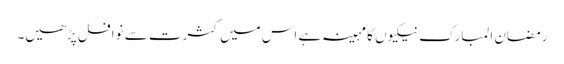
رمضان المبارک نیکیوں کا مہینہ ہے اس میں کثرت سے نوافل پڑھیں۔